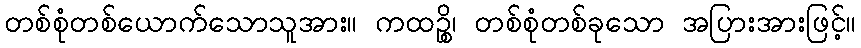
တစ်စုံတစ်ယောက်သောသူအား။ ကထဉ္စိ၊ တစ်စုံတစ်ခုသော အပြားအားဖြင့်။